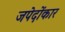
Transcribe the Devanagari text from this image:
जपेदोंकार